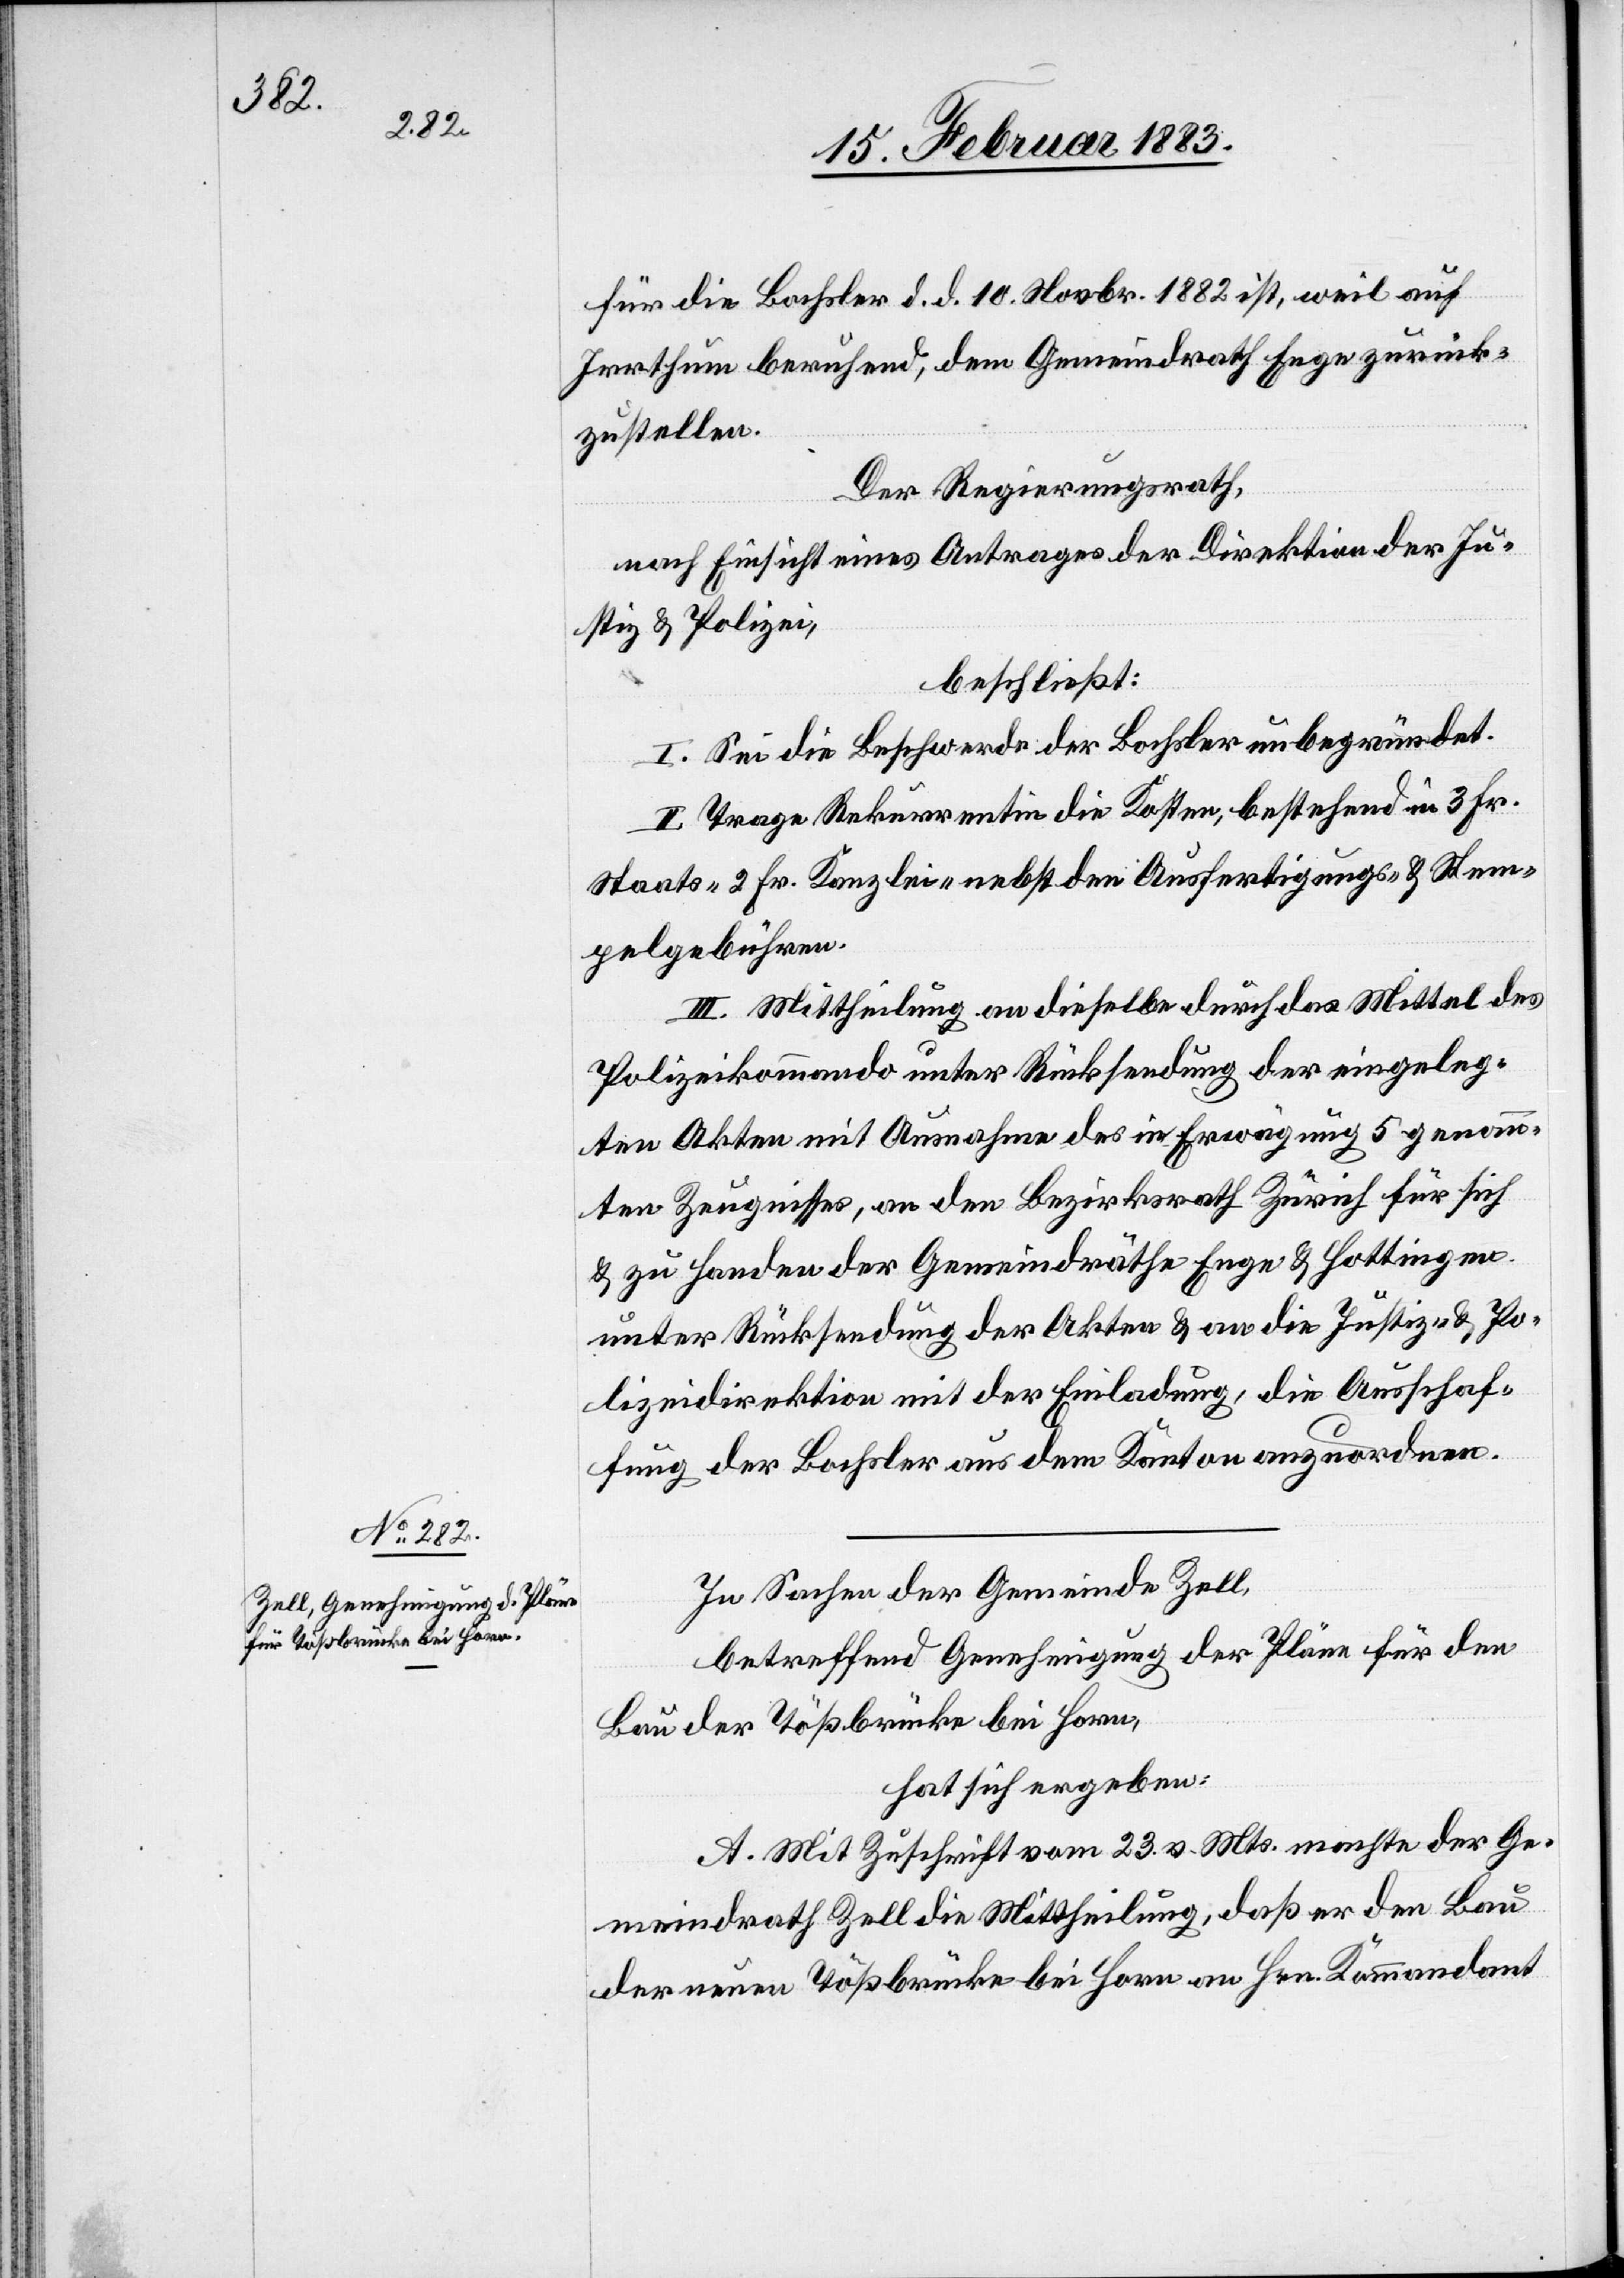
für die Bochsler d. d. 10. Novbr. 1882 ist, weil auf
Irrthum beruhend, dem Gemeindrath Enge zurück¬
zustellen.
Der Regierungsrath,
nach Einsicht eines Antrages der Direktion der Ju¬
stiz & Polizei,
beschließt:
I. Sei die Beschwerde der Bochsler unbegründet.
II. Trage Rekurrentin die Kosten, bestehend in 3 Fr.
Staats- 2 Fr. Kanzlei- nebst den Ausfertigungs- & Stem¬
pelgebühren.
III. Mittheilung an dieselbe durch das Mittel des
Polizeikommando unter Rücksendung der eingeleg¬
ten Akten mit Ausnahme des in Erwägung 5 genann¬
ten Zeugnisses, an den Bezirksrath Zürich für sich
& zu Handen der Gemeindräthe Enge & Hottingen,
unter Rücksendung der Akten & an die Justiz- & Po¬
lizeidirektion mit der Einladung, die Ausschaf¬
fung der Bochsler aus dem Kanton anzuordnen.
In Sachen der Gemeinde Zell,
betreffend Genehmigung der Pläne für den
Bau der Tößbrücke bei Horn,
hat sich ergeben:
A. Mit Zuschrift vom 23. v. Mts. machte der Ge¬
meindrath Zell die Mittheilung, daß er den Bau
der neuen Tößbrücke bei Horn an Hrn. Kommandant